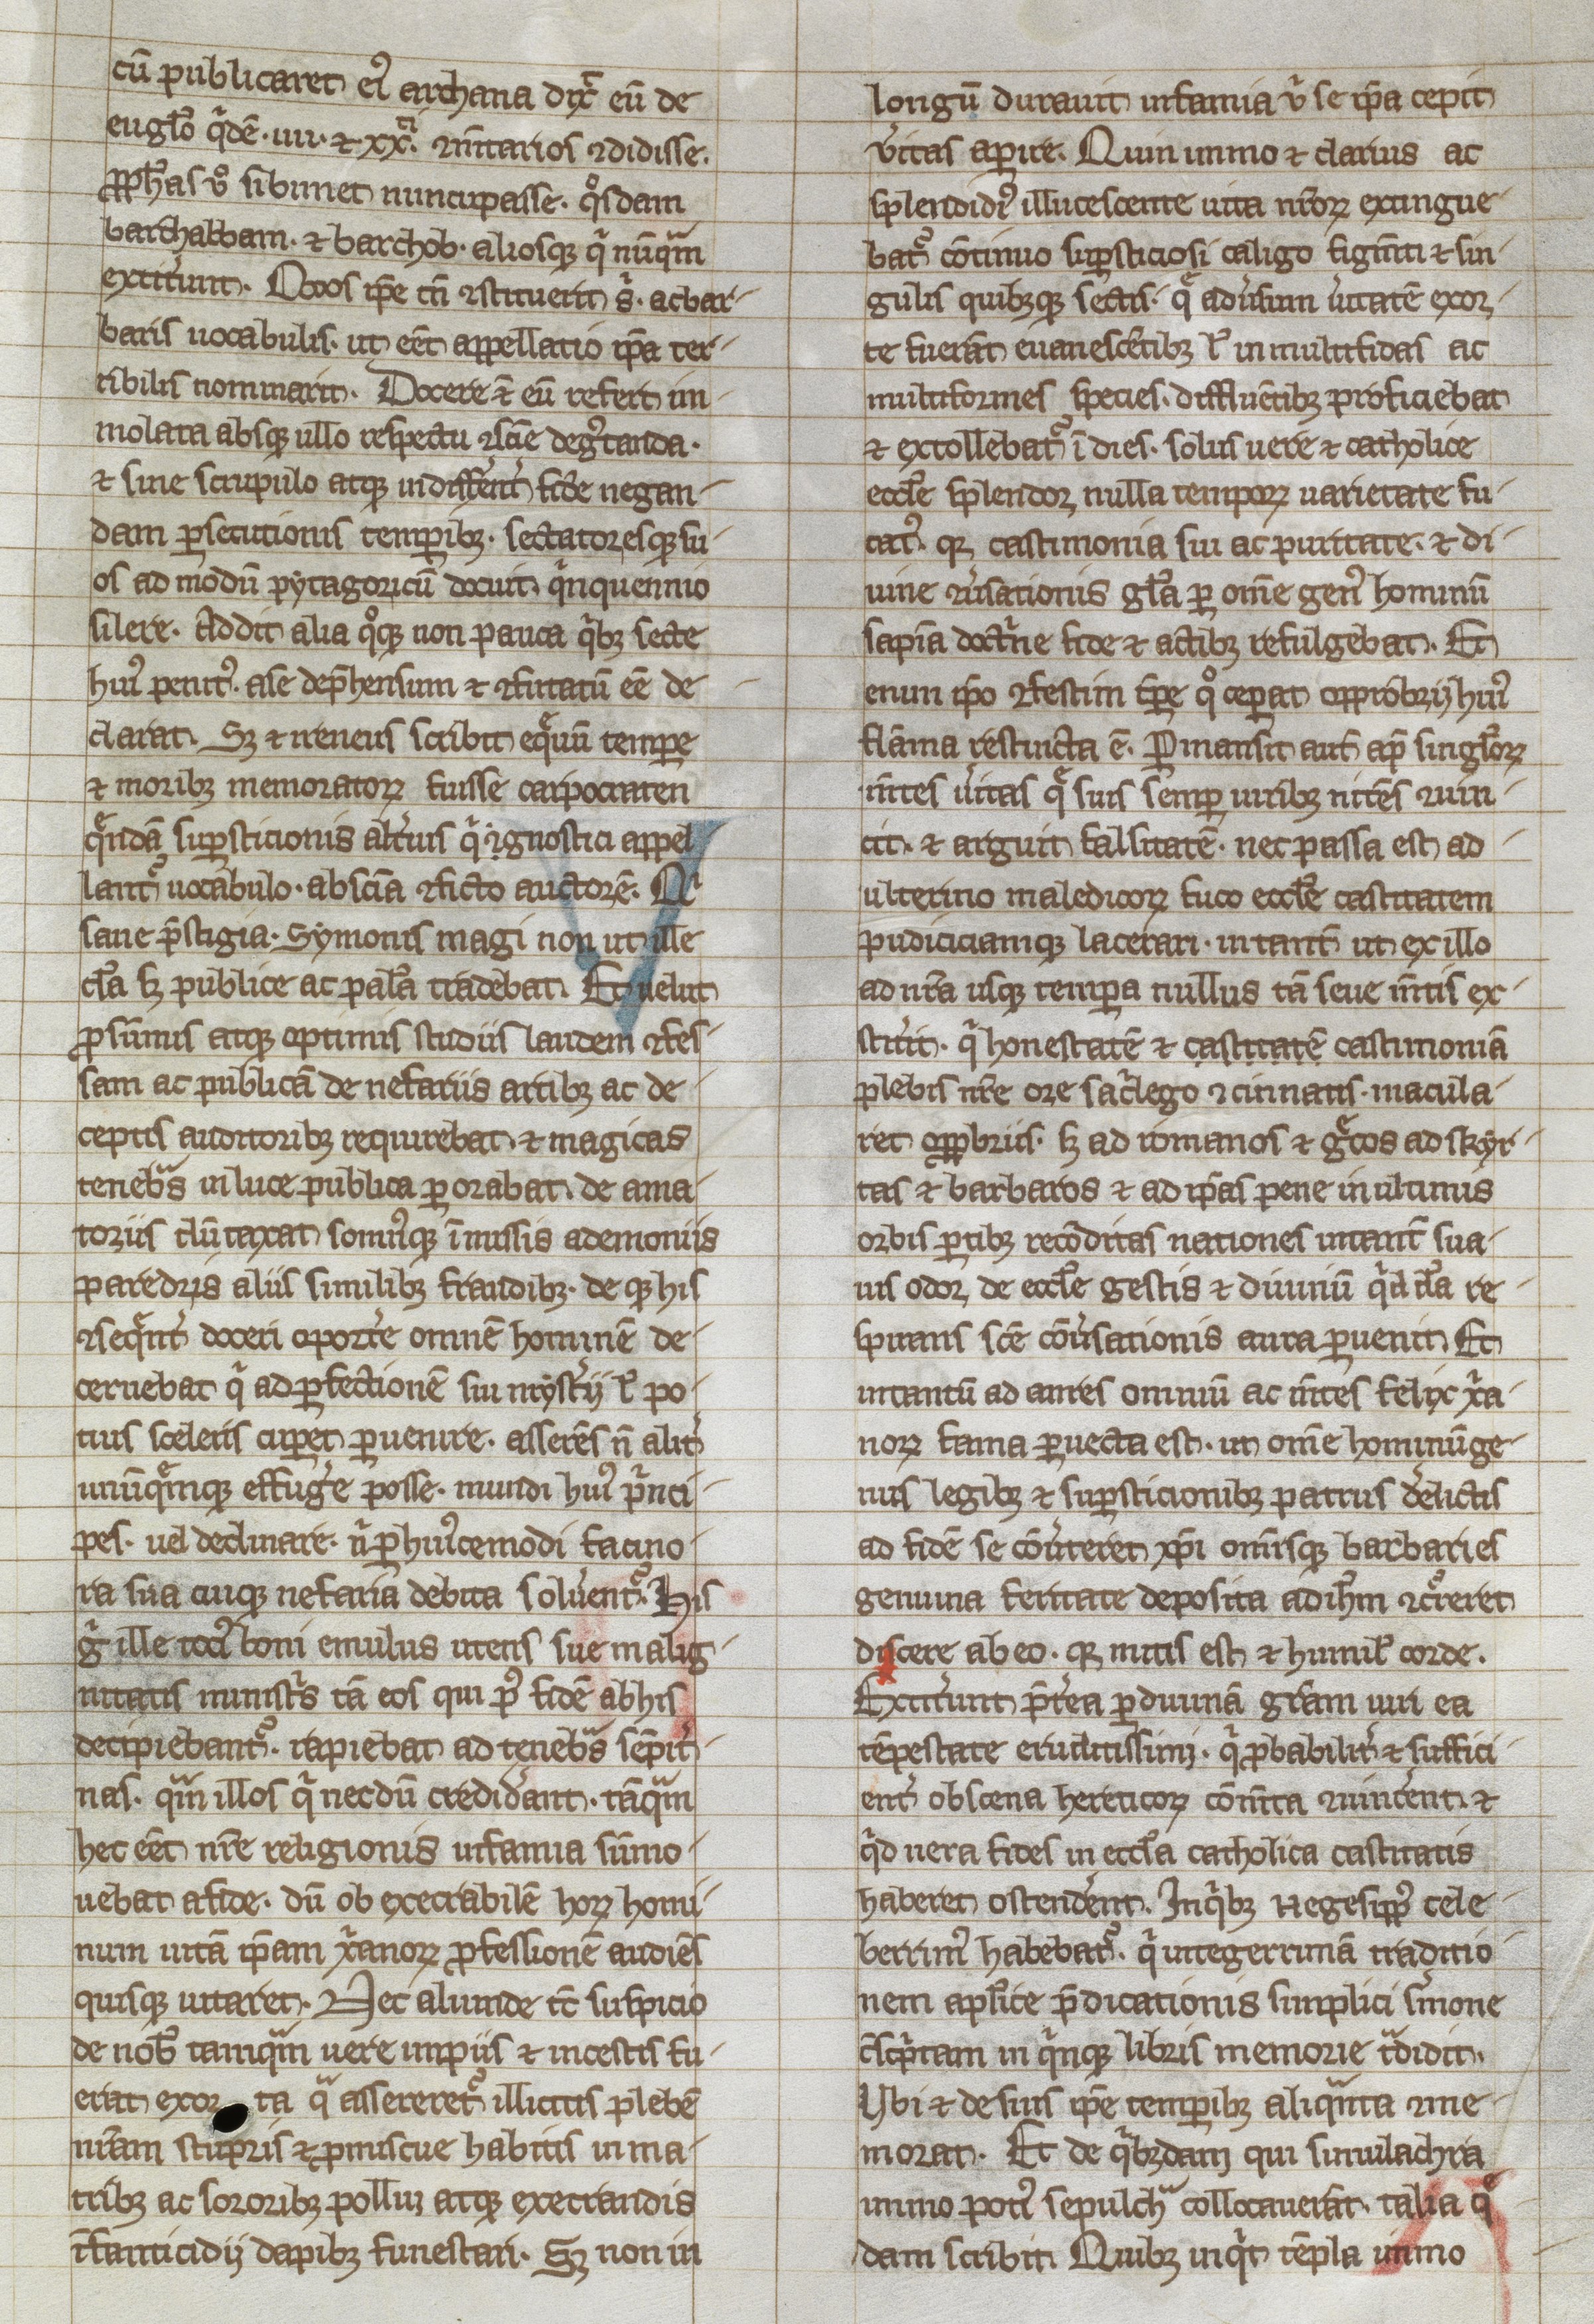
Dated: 1250–1299